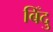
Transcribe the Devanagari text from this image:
बिँदु